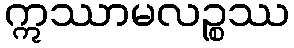
ဣဿာမလဉ္စဿ